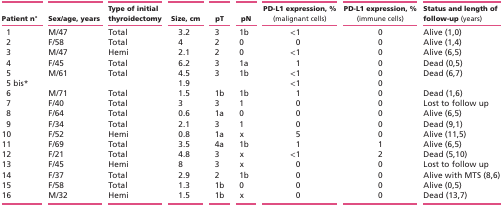
<table><thead><tr><td><b>Patient n°</b></td><td><b>Sex/age, years</b></td><td><b>Type of initial thyroidectomy</b></td><td><b>Size, cm</b></td><td><b>pT</b></td><td><b>pN</b></td><td><b>PD-L1 expression, % (malignant cells)</b></td><td><b>PD-L1 expression, % (immune cells)</b></td><td><b>Status and length of follow-up (years)</b></td></tr></thead><tbody><tr><td>1</td><td>M/47</td><td>Total</td><td>3.2</td><td>3</td><td>1b</td><td>&lt;1</td><td>0</td><td>Alive (1,0)</td></tr><tr><td>2</td><td>F/58</td><td>Total</td><td>4</td><td>2</td><td>0</td><td>0</td><td>0</td><td>Alive (1,4)</td></tr><tr><td>3</td><td>M/47</td><td>Hemi</td><td>2.1</td><td>2</td><td>0</td><td>&lt;1</td><td>0</td><td>Alive (6,5)</td></tr><tr><td>4</td><td>F/45</td><td>Total</td><td>6.2</td><td>3</td><td>1a</td><td>1</td><td>0</td><td>Dead (0,5)</td></tr><tr><td>5</td><td>M/61</td><td>Total</td><td>4.5</td><td>3</td><td>1b</td><td>&lt;1</td><td>0</td><td>Dead (6,7)</td></tr><tr><td>5 bis*</td><td></td><td></td><td>1.9</td><td></td><td></td><td>&lt;1</td><td>0</td><td></td></tr><tr><td>6</td><td>M/71</td><td>Total</td><td>1.5</td><td>1b</td><td>1b</td><td>1</td><td>0</td><td>Dead (1,6)</td></tr><tr><td>7</td><td>F/40</td><td>Total</td><td>3</td><td>3</td><td>1</td><td>0</td><td>0</td><td>Lost to follow up</td></tr><tr><td>8</td><td>F/64</td><td>Total</td><td>0.6</td><td>1a</td><td>0</td><td>0</td><td>0</td><td>Alive (6,5)</td></tr><tr><td>9</td><td>F/34</td><td>Total</td><td>2.1</td><td>3</td><td>1</td><td>0</td><td>0</td><td>Dead (9,1)</td></tr><tr><td>10</td><td>F/52</td><td>Hemi</td><td>0.8</td><td>1a</td><td>x</td><td>5</td><td>0</td><td>Alive (11,5)</td></tr><tr><td>11</td><td>F/69</td><td>Total</td><td>3.5</td><td>4a</td><td>1b</td><td>1</td><td>1</td><td>Alive (6,5)</td></tr><tr><td>12</td><td>F/21</td><td>Total</td><td>4.8</td><td>3</td><td>x</td><td>&lt;1</td><td>2</td><td>Dead (5,10)</td></tr><tr><td>13</td><td>F/45</td><td>Hemi</td><td>8</td><td>3</td><td>x</td><td>0</td><td>0</td><td>Lost to follow up</td></tr><tr><td>14</td><td>F/37</td><td>Total</td><td>2.9</td><td>2</td><td>1b</td><td>0</td><td>0</td><td>Alive with MTS (8,6)</td></tr><tr><td>15</td><td>F/58</td><td>Total</td><td>1.3</td><td>1b</td><td>0</td><td>0</td><td>0</td><td>Alive (0,5)</td></tr><tr><td>16</td><td>M/32</td><td>Hemi</td><td>1.5</td><td>1b</td><td>x</td><td>0</td><td>0</td><td>Dead (13,7)</td></tr></tbody></table>